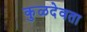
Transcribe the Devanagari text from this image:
कुळदेवता